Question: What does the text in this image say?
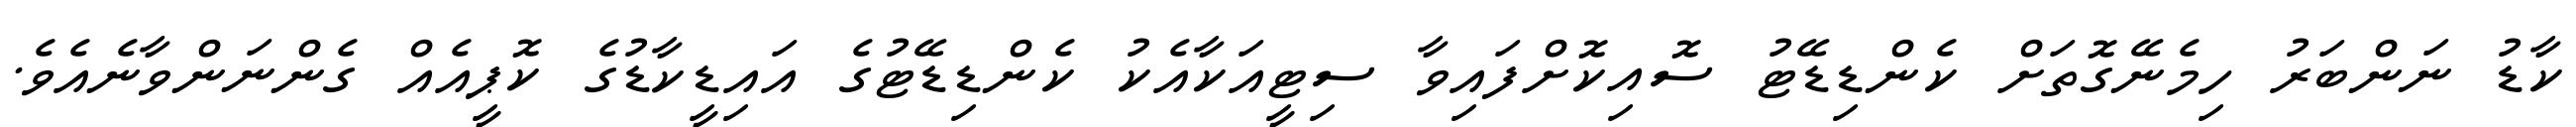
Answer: ކާޑު ނަންބަރު ހިމެނޭގޮތަށް ކެންޑިޑޭޓު ސޮއިކޮށްފައިވާ ސިޓީއަކާއެކު ކެންޑިޑޭޓުގެ އައިޑީކާޑުގެ ކޮޕީއެއް ގެންނަންވާނެއެވެ.